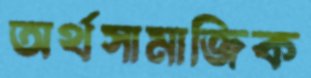
অর্থসামাজিক